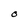
Character: O